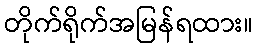
တိုက်ရိုက်အမြန်ရထား။